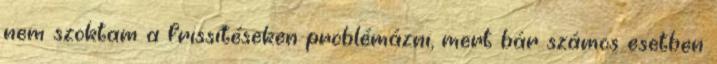
nem szoktam a frissítéseken problémázni, mert bár számos esetben